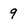
Character: 9